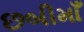
છબીમાઁ